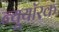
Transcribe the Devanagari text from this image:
न्यूयॉरक